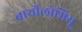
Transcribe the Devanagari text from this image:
बार्थोलोमियू